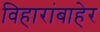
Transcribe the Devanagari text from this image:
विहारांबाहेर